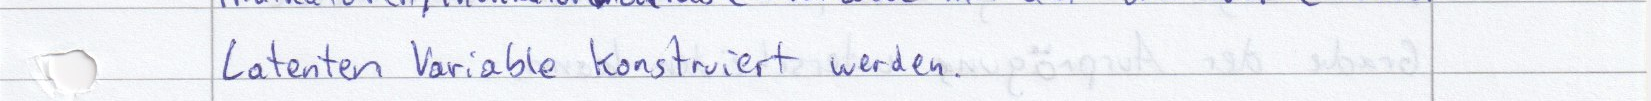
Latenten Variable konstruiert werden.